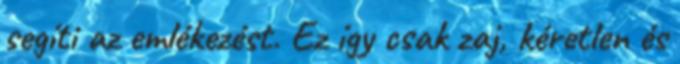
segíti az emlékezést. Ez így csak zaj, kéretlen és